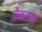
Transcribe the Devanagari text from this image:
जैनराजा